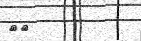
٤٨